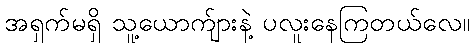
အရှက်မရှိ သူ့ယောက်ျားနဲ့ ပလူးနေကြတယ်လေ။